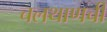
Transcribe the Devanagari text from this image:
चलथाणची